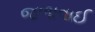
જળાવાઈ